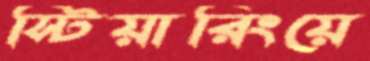
স্টিয়ারিংয়ে